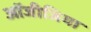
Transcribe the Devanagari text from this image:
ऑजीजिया